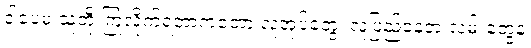
ဒါပေမဲ့ သူတို့ ကြုံလိုက်ရတာကတော့ လူအုပ်တွေ၊ လူပြည့်နေတဲ့ လမ်းတွေနဲ့